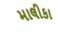
માલીકા